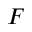
F